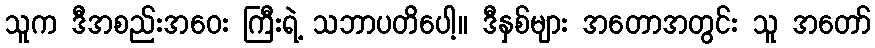
သူက ဒီအစည်းအဝေး ကြီးရဲ့ သဘာပတိပေါ့။ ဒီနှစ်များ အတောအတွင်း သူ အတော်